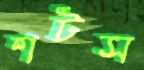
শটস